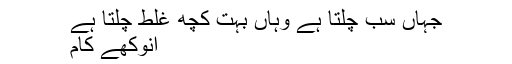
جہاں سب چلتا ہے وہاں بہت کچھ غلط چلتا ہے
انوکھے کام